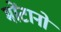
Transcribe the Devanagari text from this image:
मोंटानो